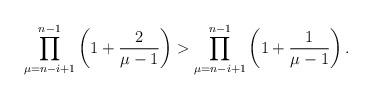
LaTeX: \begin{align*} \prod_{\mu=n-i+1}^{n-1} \left( 1 + \frac{2}{\mu - 1} \right) > \prod_{\mu=n-i+1}^{n-1} \left( 1 + \frac{1}{\mu - 1} \right). \end{align*}